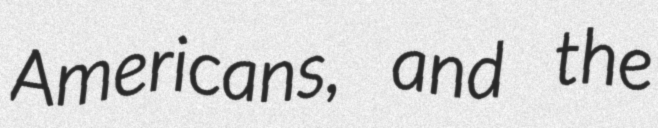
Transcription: Americans, and the